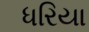
ધરિયા